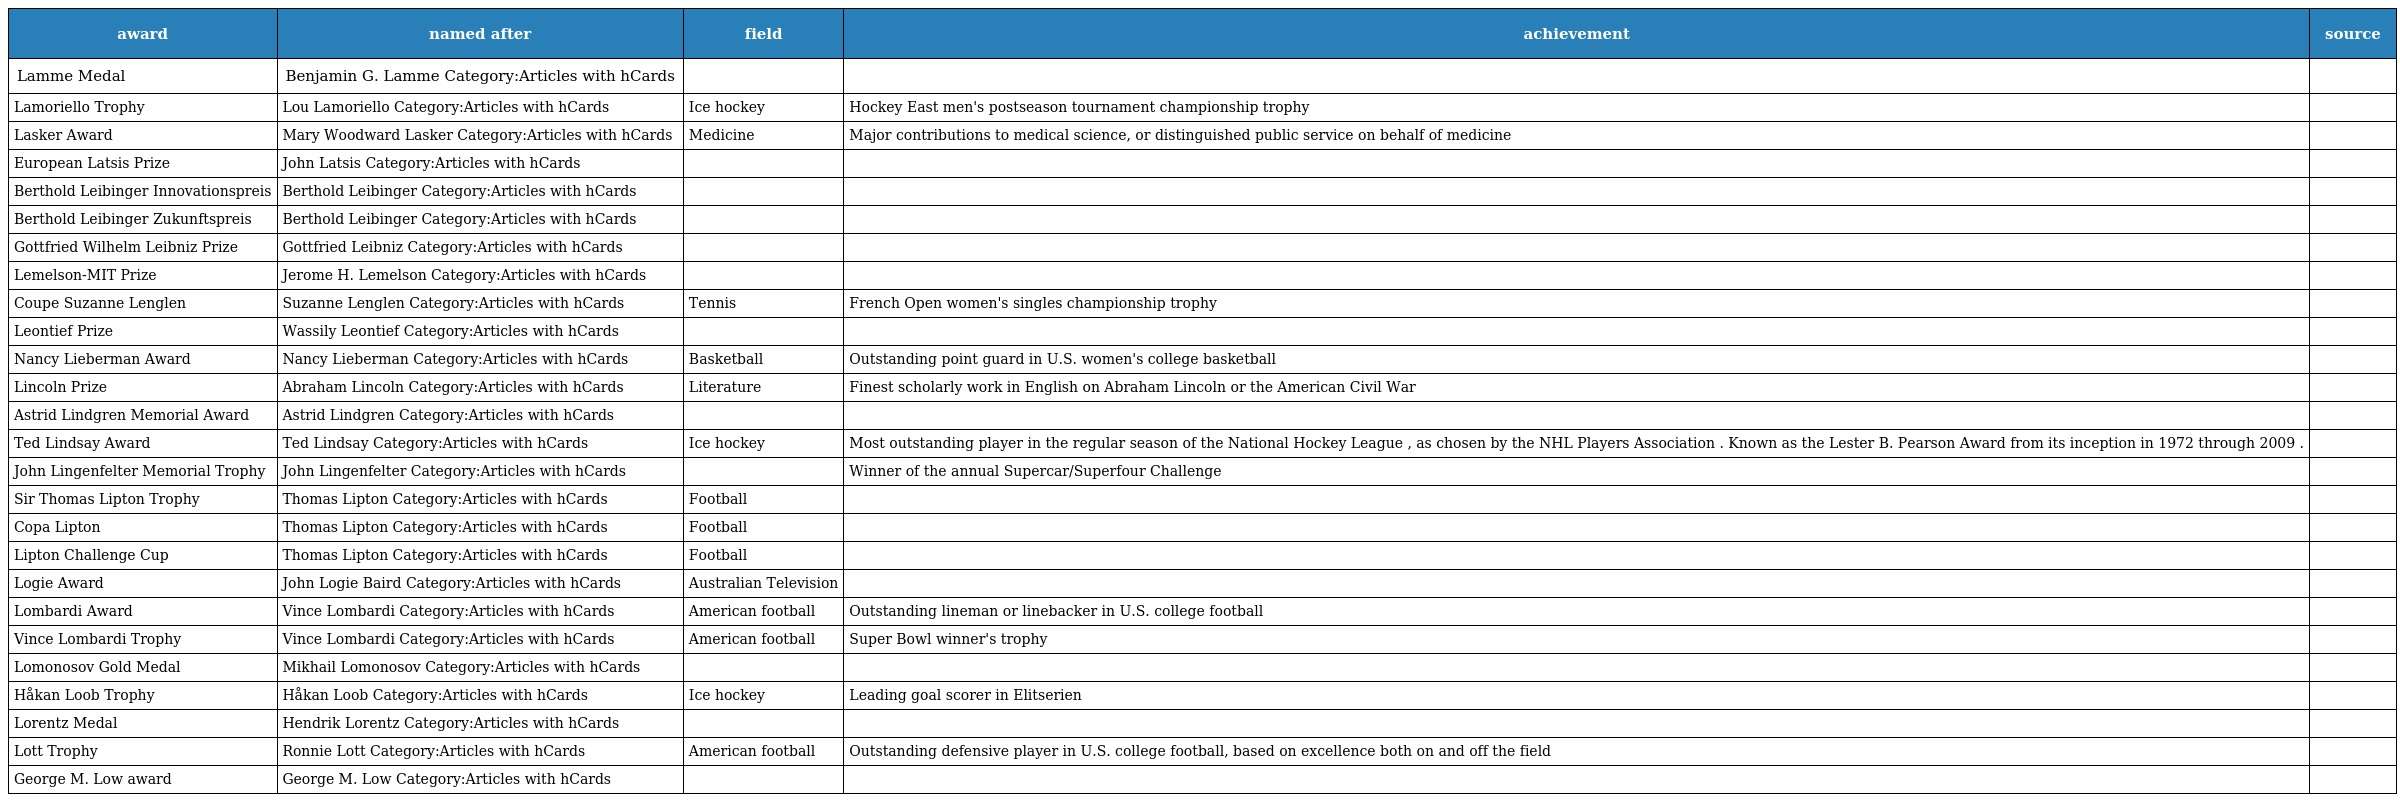
| award | named after | field | achievement | source |
 | --- | --- | --- | --- | --- |
 | Lamme Medal | Benjamin G. Lamme Category:Articles with hCards |  |  |  |
 | Lamoriello Trophy | Lou Lamoriello Category:Articles with hCards | Ice hockey | Hockey East men's postseason tournament championship trophy |  |
 | Lasker Award | Mary Woodward Lasker Category:Articles with hCards | Medicine | Major contributions to medical science, or distinguished public service on behalf of medicine |  |
 | European Latsis Prize | John Latsis Category:Articles with hCards |  |  |  |
 | Berthold Leibinger Innovationspreis | Berthold Leibinger Category:Articles with hCards |  |  |  |
 | Berthold Leibinger Zukunftspreis | Berthold Leibinger Category:Articles with hCards |  |  |  |
 | Gottfried Wilhelm Leibniz Prize | Gottfried Leibniz Category:Articles with hCards |  |  |  |
 | Lemelson-MIT Prize | Jerome H. Lemelson Category:Articles with hCards |  |  |  |
 | Coupe Suzanne Lenglen | Suzanne Lenglen Category:Articles with hCards | Tennis | French Open women's singles championship trophy |  |
 | Leontief Prize | Wassily Leontief Category:Articles with hCards |  |  |  |
 | Nancy Lieberman Award | Nancy Lieberman Category:Articles with hCards | Basketball | Outstanding point guard in U.S. women's college basketball |  |
 | Lincoln Prize | Abraham Lincoln Category:Articles with hCards | Literature | Finest scholarly work in English on Abraham Lincoln or the American Civil War |  |
 | Astrid Lindgren Memorial Award | Astrid Lindgren Category:Articles with hCards |  |  |  |
 | Ted Lindsay Award | Ted Lindsay Category:Articles with hCards | Ice hockey | Most outstanding player in the regular season of the National Hockey League , as chosen by the NHL Players Association . Known as the Lester B. Pearson Award from its inception in 1972 through 2009 . |  |
 | John Lingenfelter Memorial Trophy | John Lingenfelter Category:Articles with hCards |  | Winner of the annual Supercar/Superfour Challenge |  |
 | Sir Thomas Lipton Trophy | Thomas Lipton Category:Articles with hCards | Football |  |  |
 | Copa Lipton | Thomas Lipton Category:Articles with hCards | Football |  |  |
 | Lipton Challenge Cup | Thomas Lipton Category:Articles with hCards | Football |  |  |
 | Logie Award | John Logie Baird Category:Articles with hCards | Australian Television |  |  |
 | Lombardi Award | Vince Lombardi Category:Articles with hCards | American football | Outstanding lineman or linebacker in U.S. college football |  |
 | Vince Lombardi Trophy | Vince Lombardi Category:Articles with hCards | American football | Super Bowl winner's trophy |  |
 | Lomonosov Gold Medal | Mikhail Lomonosov Category:Articles with hCards |  |  |  |
 | Håkan Loob Trophy | Håkan Loob Category:Articles with hCards | Ice hockey | Leading goal scorer in Elitserien |  |
 | Lorentz Medal | Hendrik Lorentz Category:Articles with hCards |  |  |  |
 | Lott Trophy | Ronnie Lott Category:Articles with hCards | American football | Outstanding defensive player in U.S. college football, based on excellence both on and off the field |  |
 | George M. Low award | George M. Low Category:Articles with hCards |  |  |  |